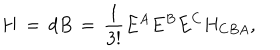
H \, = \, d B \, = \, \frac { 1 } { 3 ! } E ^ { A } E ^ { B } E ^ { C } H _ { C B A } ,